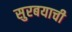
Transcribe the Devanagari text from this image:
सुरबयाची